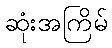
ဆုံးအကြိမ်